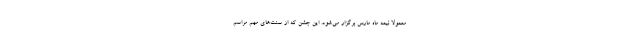
معمولا نیمه ماه مارس برگزار می‌شود. این جشن که از سنت‌های مهم مراسم